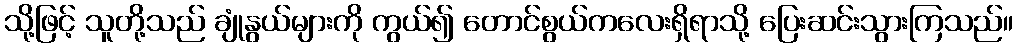
သို့ဖြင့် သူတို့သည် ချုံနွယ်များကို ကွယ်၍ တောင်စွယ်ကလေးရှိရာသို့ ပြေးဆင်းသွားကြသည်။